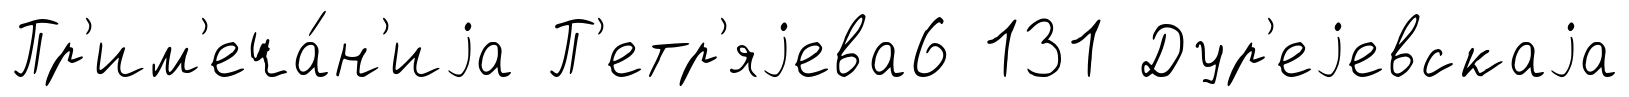
Пр'им'еча́н'иjа П'етр'яjева6 131 Дур'еjевскаjа